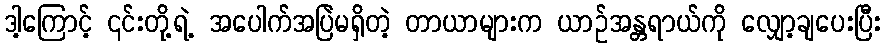
ဒါ့ကြောင့် ၎င်းတို့ရဲ့ အပေါက်အပြဲမရှိတဲ့ တာယာများက ယာဉ်အန္တရာယ်ကို လျှော့ချပေးပြီး